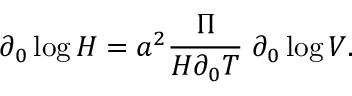
\partial _ { 0 } \log { \cal H } = a ^ { 2 } { \frac { \Pi } { { \cal H } \partial _ { 0 } T } } \; \partial _ { 0 } \log V .